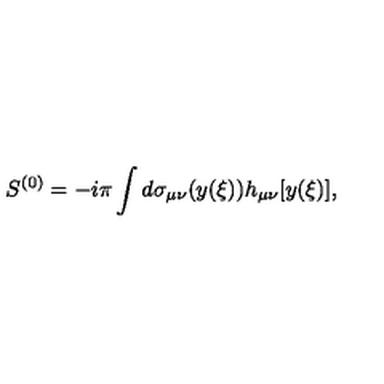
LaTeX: S ^ { ( 0 ) } = - i \pi \int d \sigma _ { \mu \nu } ( y ( \xi ) ) h _ { \mu \nu } [ y ( \xi ) ] ,